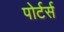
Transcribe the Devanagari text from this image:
पोर्टर्स